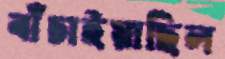
বাঁচাইয়াছিল